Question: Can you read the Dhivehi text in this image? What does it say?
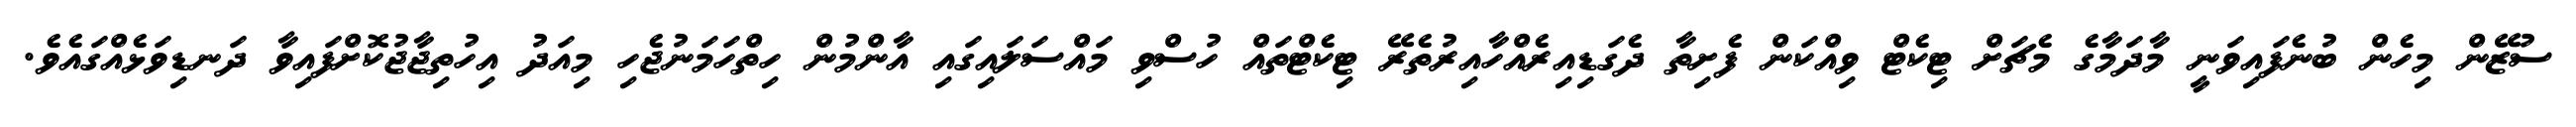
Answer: ސުޒޭން މިހެން ބުނެފައިވަނީ މާދަމާގެ މެޗަށް ޓިކެޓް ވިއްކަން ފެށިތާ ދެގަޑިއިރެއްހާއިރުތެރޭ ޓިކެޓްތައް ހުސްވި މައްސަލައިގައި އާންމުން ހިތްހަމަނުޖެހި މިއަދު އިހުތިޖާޖުކޮށްފައިވާ ދަނޑިވަޅެއްގައެވެ.